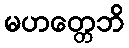
မဟတ္တေဘိ